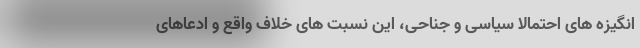
انگیزه های احتمالا سیاسی و جناحی، این نسبت های خلاف واقع و ادعاهای